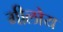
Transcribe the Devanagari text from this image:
गीलोय